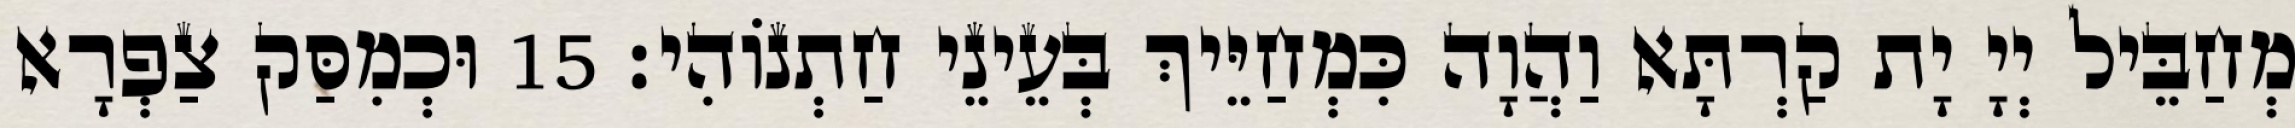
מְחַבֵּיל יְיָ יָת קַרְתָּא וַהֲוָה כִּמְחַיֵּיךְ בְּעֵינֵי חַתְנוֹהִי׃ 15 וּכְמִסַּק צַפְרָא